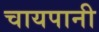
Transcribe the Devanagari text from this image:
चायपानी